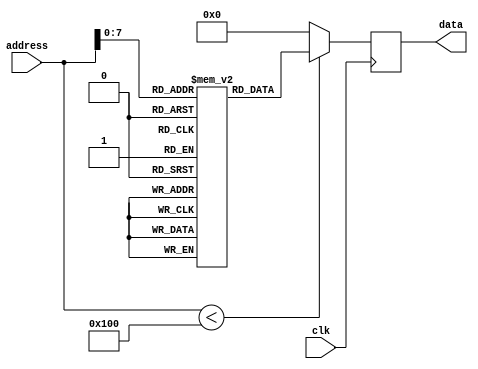
module flash_rom (
    input wire clk,
    input wire [15:0] address,
    output reg [7:0] data
);

reg [7:0] memory [0:255]; // 256 memory blocks, each storing 8 bits of data

always @ (posedge clk)
begin
    if (address < 256)
        data <= memory[address];
    else
        data <= 8'b0; // default value if out of range
end

endmodule